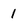
Character: 1